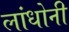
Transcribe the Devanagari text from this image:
लांधोनी